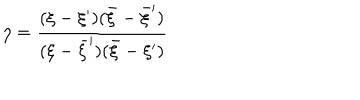
\eta = \frac { ( \xi - \xi ^ { \prime } ) ( \bar { \xi } - \bar { \xi } ^ { \prime } ) } { ( \xi - \bar { \xi } ^ { \prime } ) ( \bar { \xi } - \xi ^ { \prime } ) }